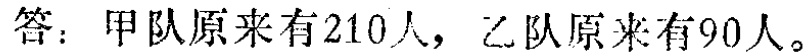
答：甲队原来有210人，乙队原来有90人。